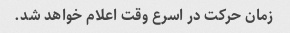
زمان حرکت در اسرع وقت اعلام خواهد شد.